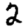
Digit: 2